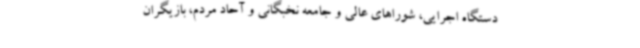
دستگاه اجرایی، شوراهای عالی و جامعه نخبگانی و آحاد مردم، بازیگران